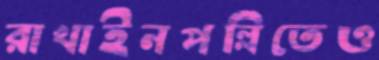
রাখাইনপল্লিতেও